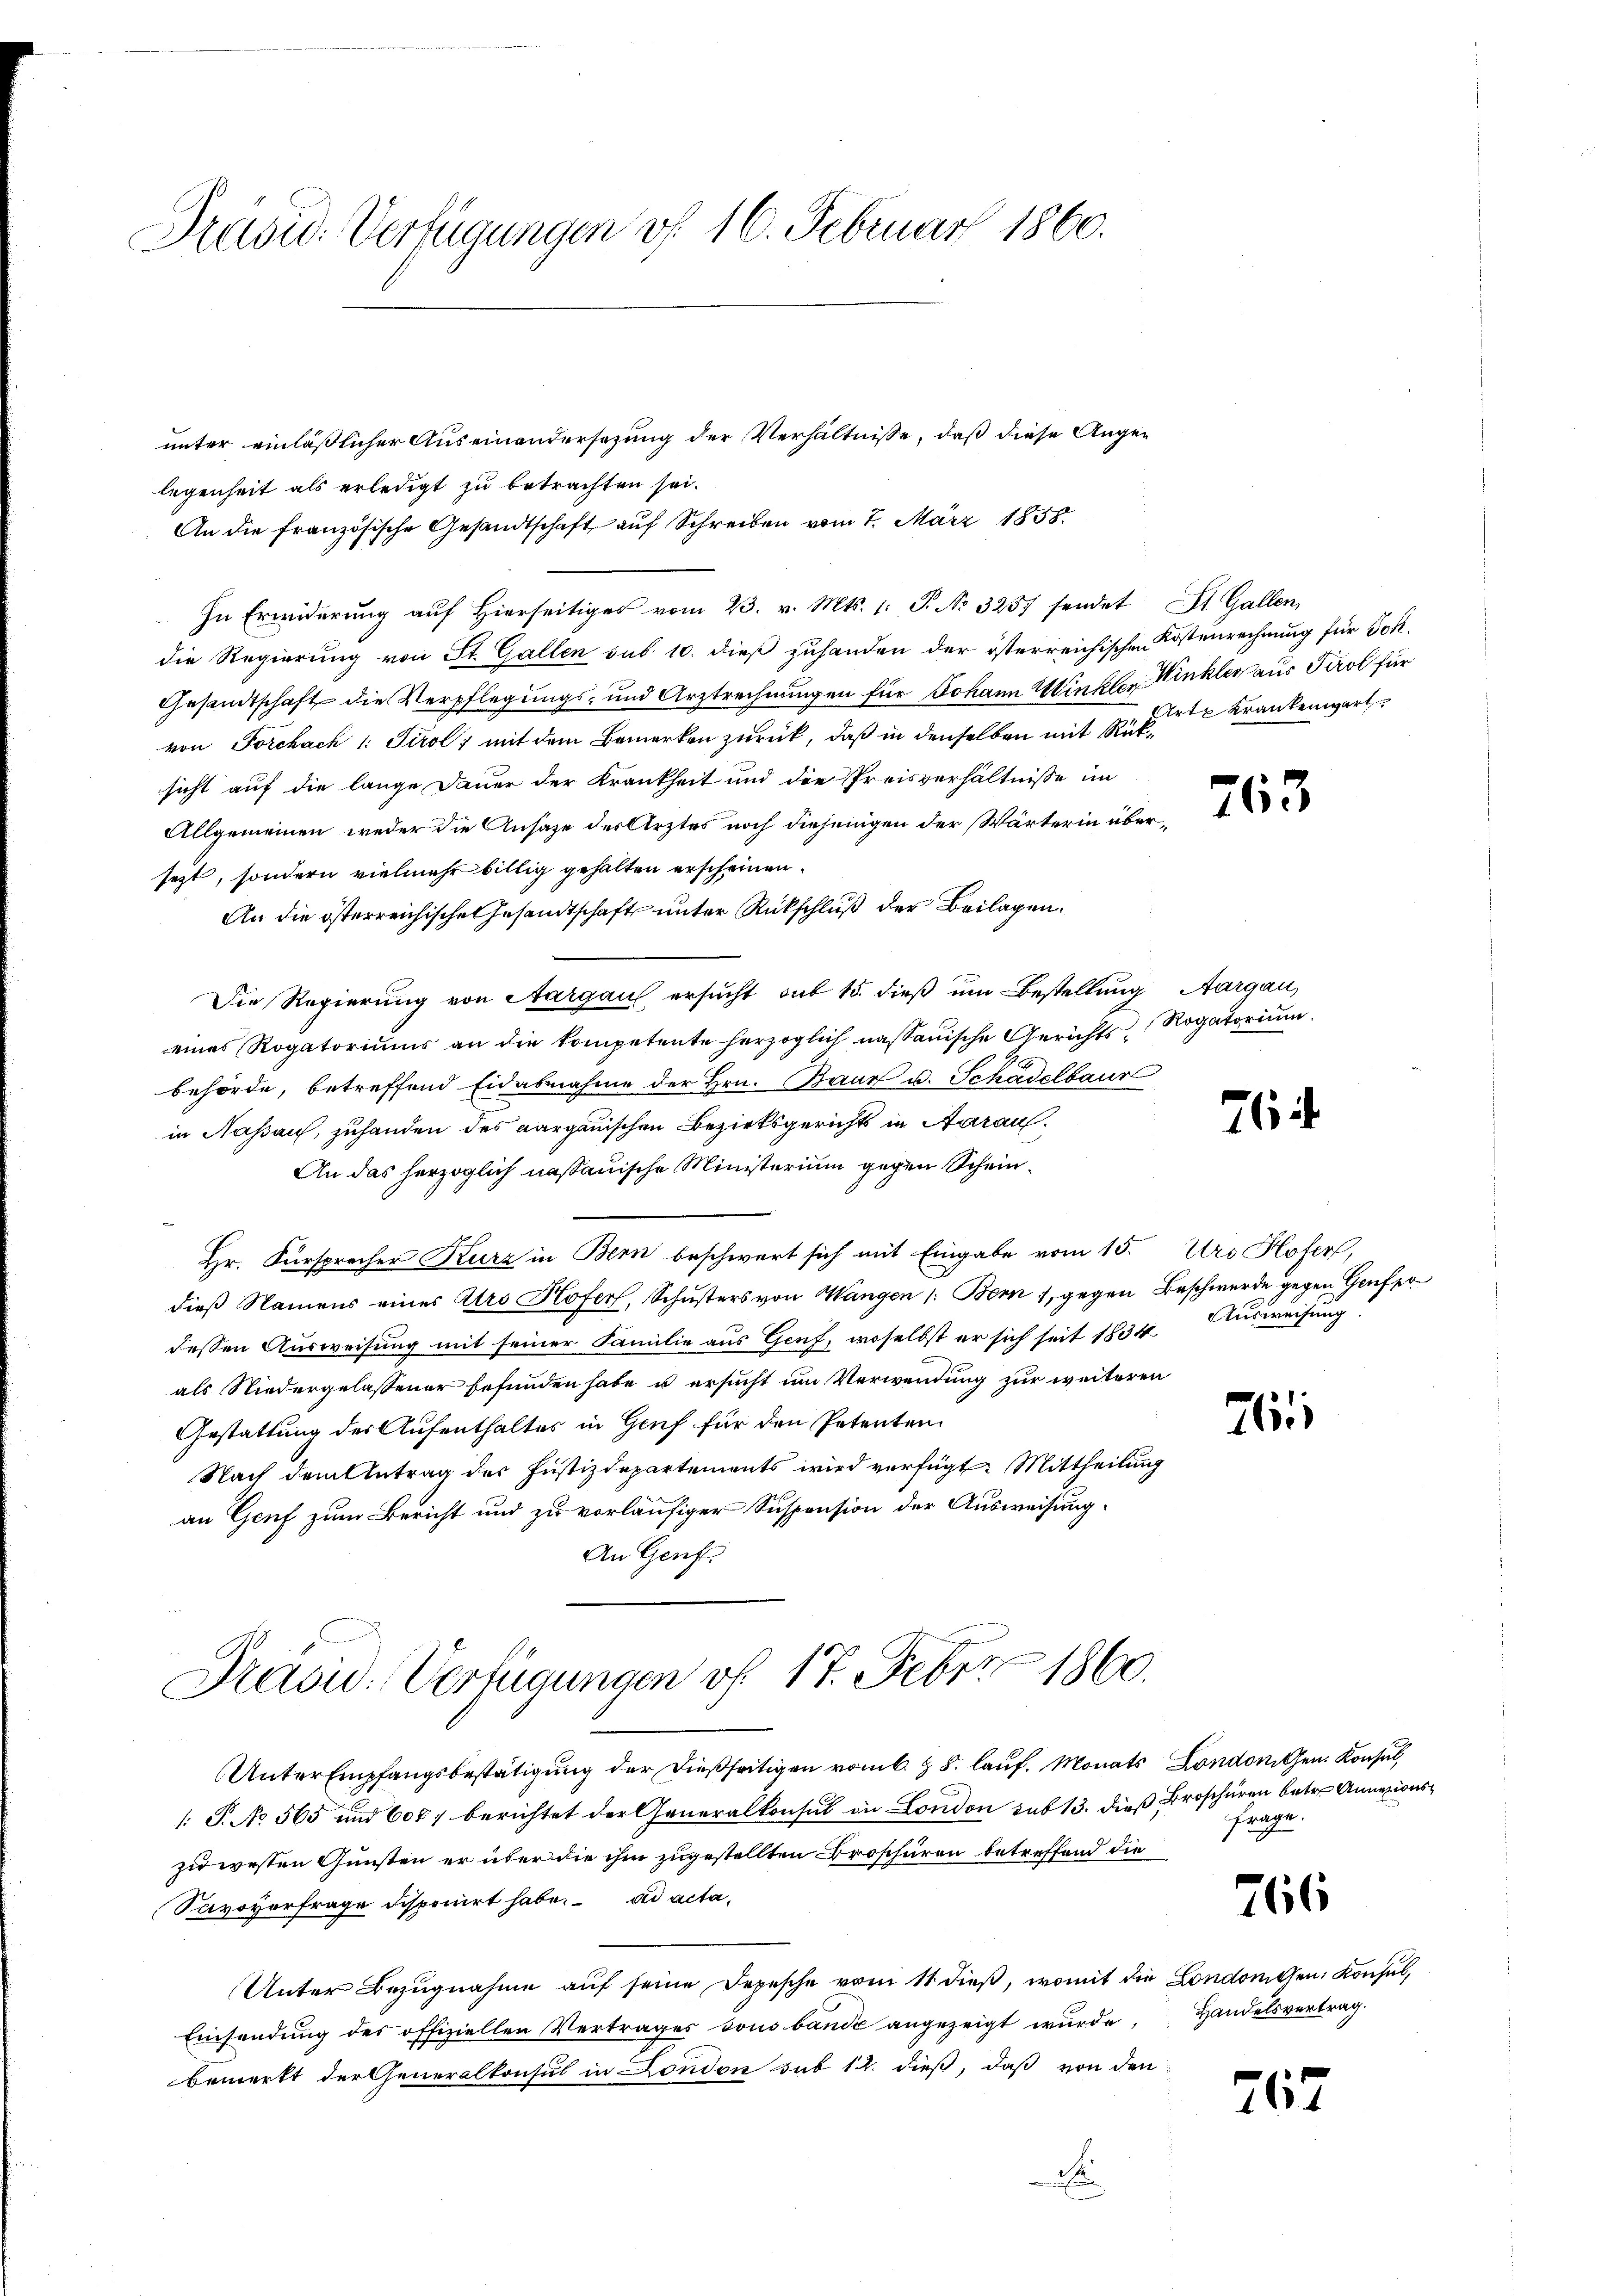
Präsid. Verfügungen vf 16. Februar 1860.

unter einläßlicher Auseinandersezung der Verhältnisse, daß diese Augen
legenheit als erledigt zu betrachten sei.
An die französische Gesandtschaft auf Schreiben vom 7. März 1858.
In Erwiderŭng aŭf hierseitiges vom 23. v. Mts. 1. P. No 3257 sendet St. Gallen,
die Regierung von St. Gallen sub 10. dieß zuhanden der österreichischen Kostenrechnung für Joh.
Gesandtschaft die Verpflegungs- und Arztrechnungen für Johann Winkler Winkler aus Tirol für
von Forchach 1: Tirol mit dem Bemerken zurück, daß in denselben mit Rücksicht auf die lange Dauer der Krankheit und die Preisverhältnisse im
Allgemeinen weder die Ansage der Ärztes noch diejenigen der Wärterin übersezt, sondern vielmehr billig gehalten erscheinen.
An die österreichische Gesandtschaft unter Rückschluß der Beilagen.
Die Regierung von Aargau ersucht sub 15. dieß um Bestellung Aargau,
eines Rogatoriums an die kompetente herzoglich nassauische Gerichts- Rogatorium.
behörde, betreffend Eidabnahme der Hrn. Baur u. Schädelbaur
in Nassau, zuhanden des aargauischen Bezirksgerichts in Aarau
An das herzoglich nassauische Ministerium gegen Schein¬
Hr. Fürsprecher Kurz in Bern beschwert sich mit Eingabe vom 15. Urs Hofer,
dieß Namens eines Ars Hofers, Schusters von Wangen 1: Bern 1, gegen Beschwerde gegen Genferdessen Ausweisung mit seiner Familie aus Genf, woselbst er sich seit 1834
als Niedergelassener befunden habe u ersucht um Verwendung zur weiteren
Gestattung der Aufenthalter in Genf für den Petenten
Nach dem Antrag der Justizdepartements wird verfügt: Mittheilung
an Genf zum Bericht und zu vorläufiger Suspension der Ausweisung.
An Genf.
Präsid. Verfügungen vf. 17. Febr. 1860.
Unter Empfangsbestätigung der dießseitigen vom 6. z. B. lauf. Monats London Gen. Konsul,
1: P. No 565 und 608 f berichtet der Generalkonsul an London sub 13. dieß Broschüren betr. Annazionszu westen Gunsten er über die ihm zugestellten Broschüren betreffend die
Savovorfrage disponirt habe. ad acta¬
Unter Bezugnahme auf seine Depesche vom 11 dieß, womit die Londonigen: Konsul,
Einsendung des offiziellen Vertrages sous bande angezeigt wurde, Handelsvertrag.
bemerkt der Generalkonsul in London sub 12. dieß, daß von den
d

Eirte Krankenwart

763

76

Ausweisung.

261

frage.

766

267